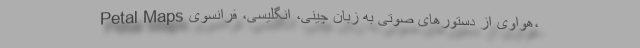
Petal Maps هواوی از دستورهای صوتی به زبان چینی، انگلیسی، فرانسوی،